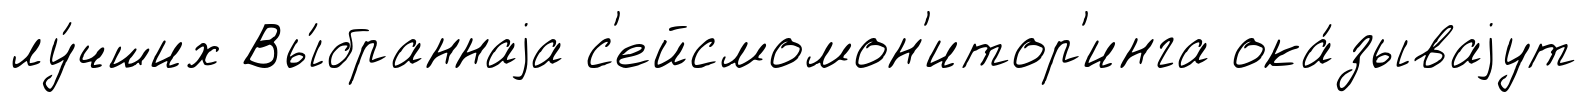
лу́чших Вы́браннаjа с'ейсмомон'итор'инга ока́зываjут